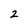
Character: 2